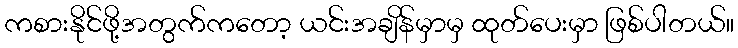
ကစားနိုင်ဖို့အတွက်ကတော့ ယင်းအချိန်မှာမှ ထုတ်ပေးမှာ ဖြစ်ပါတယ်။